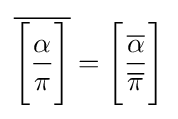
{\overline {{\Bigg [}{\frac {\alpha }{\pi }}{\Bigg ]}}}={\Bigg [}{\frac {\overline {\alpha }}{\overline {\pi }}}{\Bigg ]}